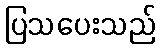
ပြသပေးသည်